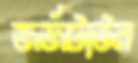
জর্জটাউন